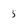
Character: 5